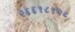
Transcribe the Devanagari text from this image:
२६६१८१२८